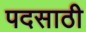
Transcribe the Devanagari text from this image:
पदसाठी